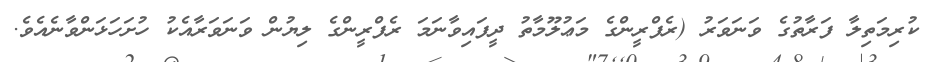
ކުރިމަތިލާ ފަރާތުގެ ވަނަވަރު (ރެފްރީންގެ މަޢުލޫމާތު ދީފައިވާނަމަ ރެފްރީންގެ ލިޔުން ވަނަވަރާއެކު ހުށަހަޅަންވާނެއެވެ.